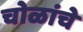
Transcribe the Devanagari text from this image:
चोळांचे